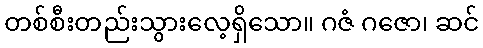
တစ်စီးတည်းသွားလေ့ရှိသော။ ဂဇံ ဂဇော၊ ဆင်